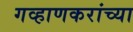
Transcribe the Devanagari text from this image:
गव्हाणकरांच्या